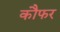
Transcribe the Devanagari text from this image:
कौफर